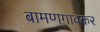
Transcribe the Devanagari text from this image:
बामणगावकर